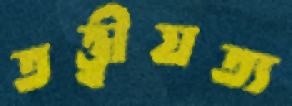
তত্ত্বীয়ত্য